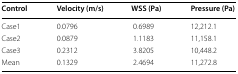
<table><thead><tr><td><b>Control</b></td><td><b>Velocity (m/s)</b></td><td><b>WSS (Pa)</b></td><td><b>Pressure (Pa)</b></td></tr></thead><tbody><tr><td>Case1</td><td>0.0796</td><td> 0.6989</td><td>12,212.1</td></tr><tr><td>Case2</td><td>0.0879</td><td>1.1183</td><td>11,158.1</td></tr><tr><td>Case3</td><td>0.2312</td><td>3.8205</td><td>10,448.2</td></tr><tr><td>Mean</td><td>0.1329</td><td>2.4694</td><td>11,272.8</td></tr></tbody></table>